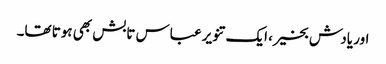
اور یادش بخیر، ایک تنویر عباس تابش بھی ہوتا تھا۔